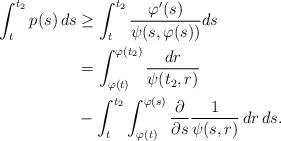
LaTeX: \begin{align*}\int_{t}^{t_2}{p(s) \, ds}&\ge \int_{t}^{t_2}{\dfrac{\varphi'(s)}{\psi(s,\varphi(s))}ds}\\&= \int_{\varphi(t)}^{\varphi(t_2)}{\dfrac{dr}{\psi(t_2,r)}} \\& \mbox{} -\int_t^{t_2} \int_{\varphi(t)}^{\varphi(s)}\dfrac{\partial}{\partial s}\dfrac{1}{\psi(s,r)} \, dr \,ds.\\\end{align*}